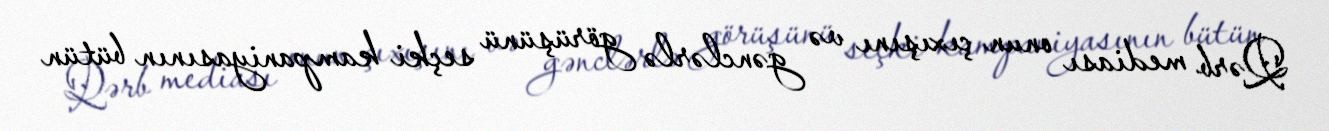
Qərb mediası onun çıxışını və gənclərlə görüşünü seçki kampaniyasının bütün